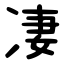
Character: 凄